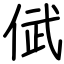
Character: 倵